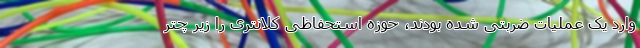
وارد یک عملیات ضربتی شده بودند، حوزه استحفاظی کلانتری را زیر چتر